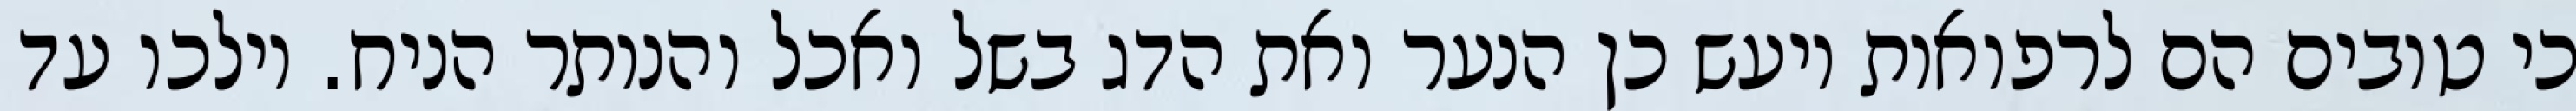
כי טובים הם לרפואות ויעש כן הנער ואת הדג בשל ואכל והנותר הניח. וילכו עד